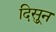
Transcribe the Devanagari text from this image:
दिसुून